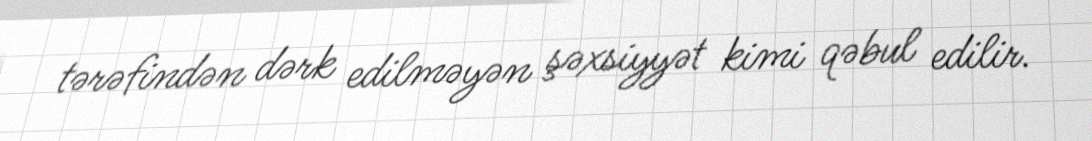
tərəfindən dərk edilməyən şəxsiyyət kimi qəbul edilir.